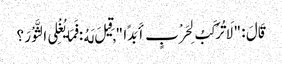
قَالَ : " لَا تُرْکَبُ لِحَرْبٍ أَبَدًا " , قِیلَ لَهُ : فَمَا یُغْلِی الثَّوْرَ ؟